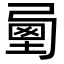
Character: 𡍯